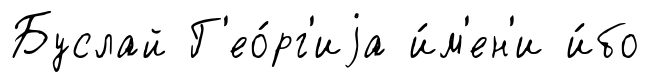
Буслай Г'ео́рг'иjа и́м'ен'и и́бо